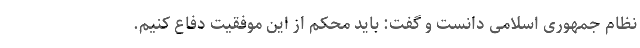
نظام جمهوری اسلامی دانست و گفت: باید محکم از این موفقیت دفاع کنیم.